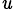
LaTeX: _\mathit{u}